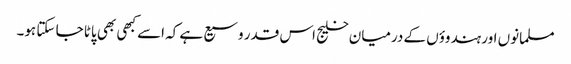
مسلمانوں اور ہندوؤں کے درمیان خلیج اس قدر وسیع ہے کہ اسے کبھی بھی پاٹا جا سکتا ہو۔